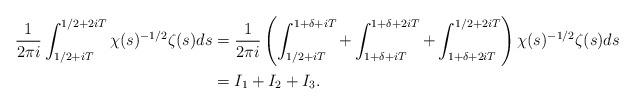
LaTeX: \begin{align*}\frac{1}{2\pi i}\int_{{1}/{2}+iT}^{{1}/{2}+2iT} \chi(s)^{-1/2} \zeta(s)ds & = \frac{1}{2\pi i}\left(\int_{{1}/{2}+iT}^{1+\delta +iT} + \int_{1+\delta+iT}^{1+\delta +2iT} + \int_{1+\delta+2iT}^{{1}/{2}+2iT}\right)\chi(s)^{-1/2}\zeta(s) ds \\ & = I_{1}+I_{2}+I_{3} . \end{align*}